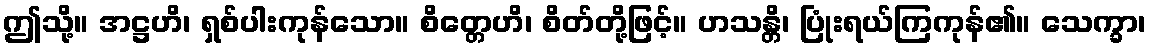
ဤသို့။ အဋ္ဌဟိ၊ ရှစ်ပါးကုန်သော။ စိတ္တေဟိ၊ စိတ်တို့ဖြင့်။ ဟသန္တိ၊ ပြုံးရယ်ကြကုန်၏။ သေက္ခာ၊